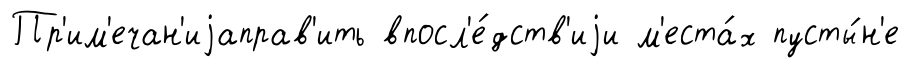
Пр'им'ечан'иjаправ'ить впосл'е́дств'иjи м'еста́х пусты́н'е